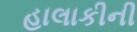
હાલાકીની